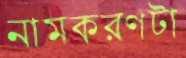
নামকরণটা